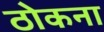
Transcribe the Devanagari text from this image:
ठोकना